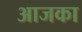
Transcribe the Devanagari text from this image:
आजका